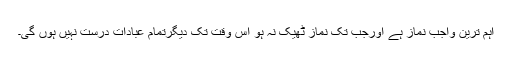
اہم ترین واجب نماز ہے اورجب تک نماز ٹھیک نہ ہو اس وقت تک دیگرتمام عبادات درست نہیں ہوں گی۔